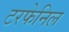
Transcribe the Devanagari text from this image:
टरफेनिल